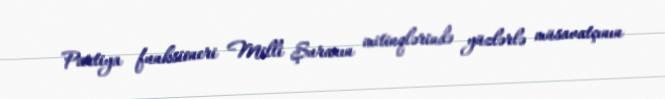
Partiya funksioneri Milli Şuranın mitinqlərində yüzlərlə müsavatçının